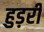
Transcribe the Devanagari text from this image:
हुड़री